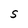
Character: S